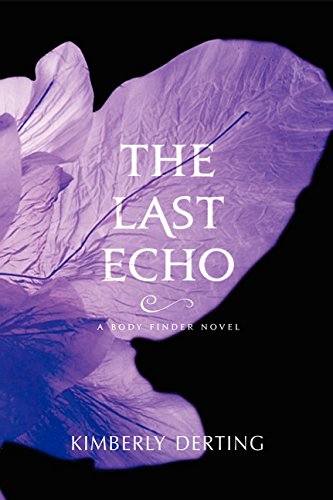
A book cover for The Last Echo: A Body Finder Novel; Kimberly Derting; Teen & Young Adult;